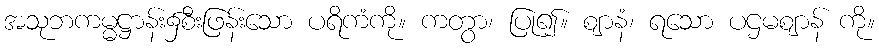
အသုဘကမ္မဋ္ဌာန်း၌စီးဖြန်းသော ပရိကံကို။ ကတွာ၊ ပြု၍။ ဈာနံ၊ ရသော ပဌမဈာန် ကို။